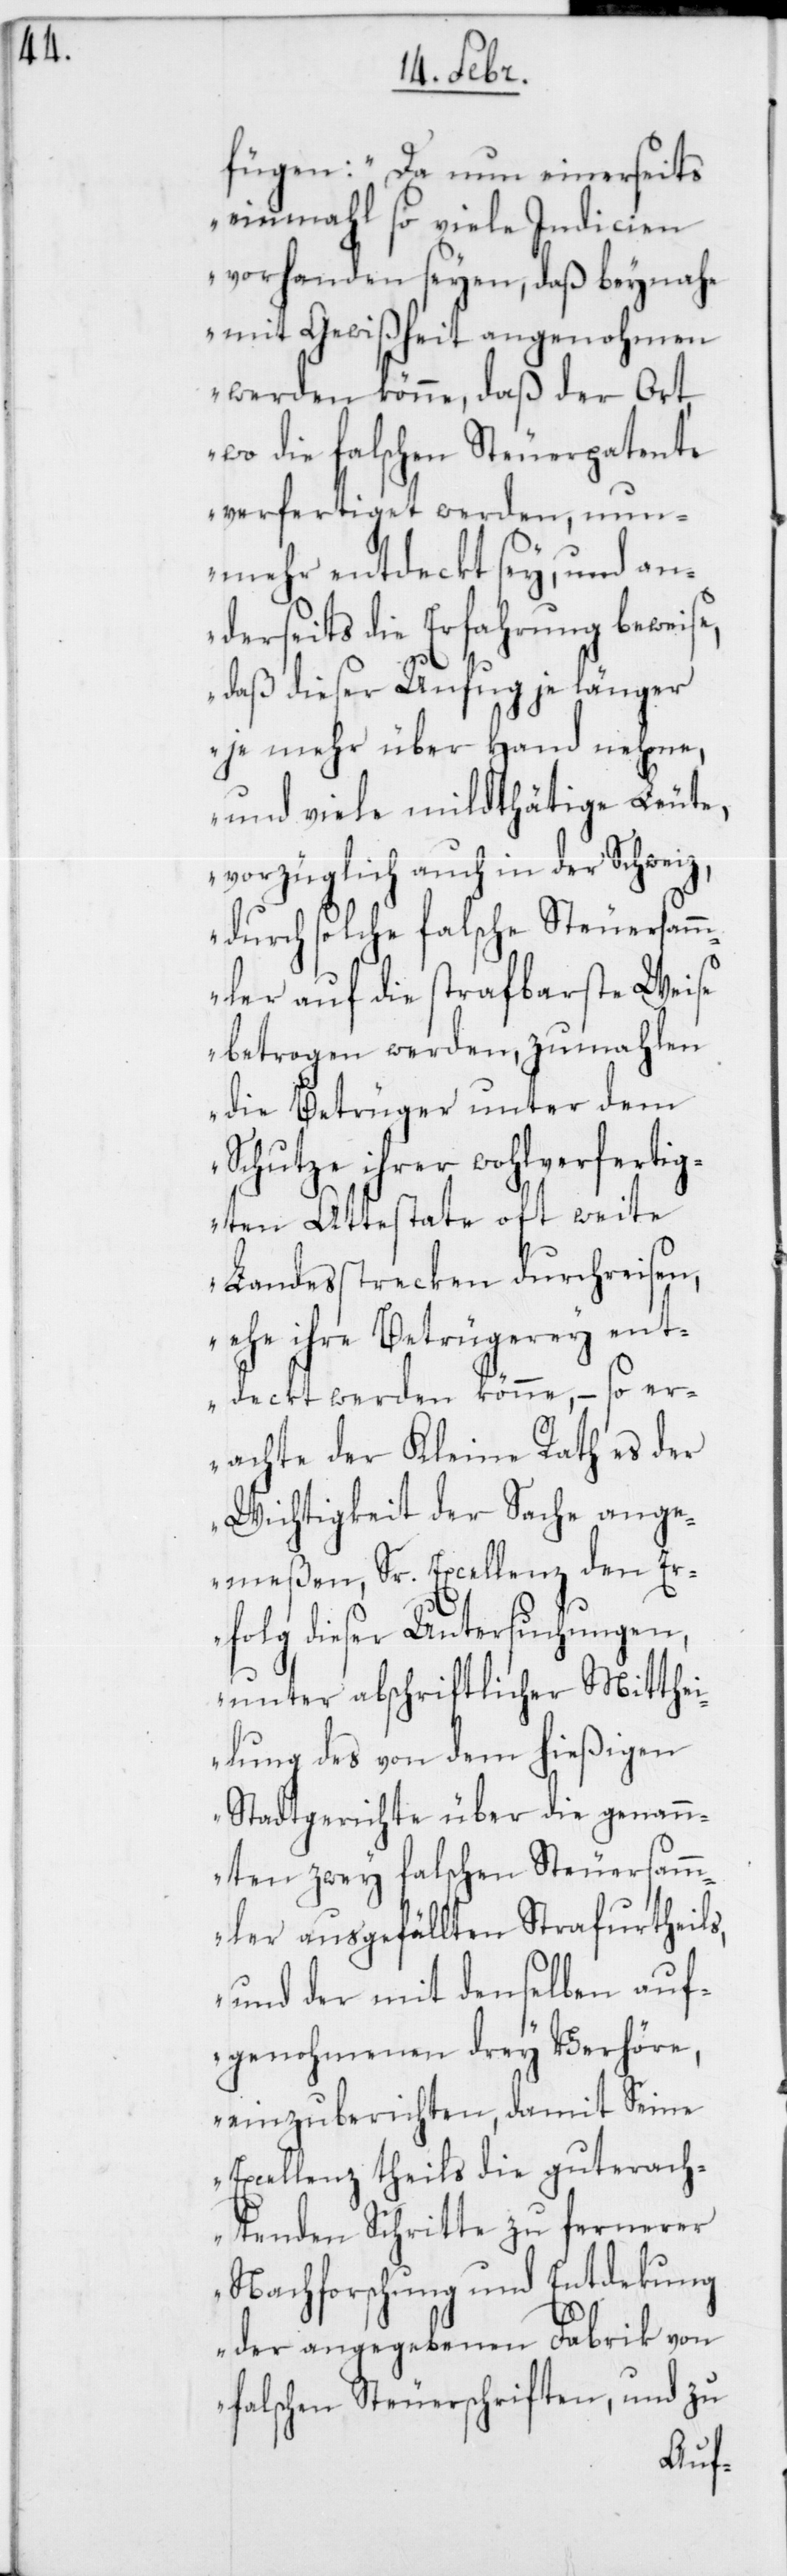
fügen: „Da nun einerseits
einmahl so viele Indicien
vorhanden seyen, daß beynahe
mit Gewißheit angenohmen
werden könne, daß der Ort,
wo die falschen Steuerpatente
verfertiget werden, nun¬
mehr entdeckt sey, und an¬
derseits die Erfahrung beweise,
daß dieser Unfug je länger
je mehr über Hand nehme,
und viele mildthätige Leute,
vorzüglich auch in der Schweiz,
durch solche falsche Steuersamm¬
ler auf die strafbarste Weise
betrogen werden, zumahlen
die Betrüger unter dem
Schutze ihrer wohlverfertig¬
ten Attestate oft weite
Landesstrecken durchreisen,
ehe ihre Betrügerey ent¬
deckt werden könne, – so er¬
achte der Kleine Rath es der
Wichtigkeit der Sache ange¬
meßen, Sr. Excellenz den Er¬
folg dieser Untersuchungen,
unter abschriftlicher Mitthei¬
lung des von dem hießigen
Stadtgerichte über die genan¬
nten zwey falschen Steuersamm¬
ler ausgefällten Strafurtheils,
und der mit denselben auf¬
genohmenen drey Verhöre,
einzuberichten, damit Seine
Excellenz theils die gut erach¬
tenden Schritte zu fernerer
Nachforschung und Entdekung
der angegebenen Fabrik von
falschen Steuerschriften, und zu